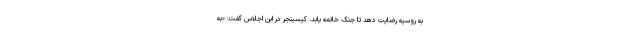
به روسیه رضایت دهد تا جنگ خاتمه یابد. کیسینجر در این اجلاس گفت: «به